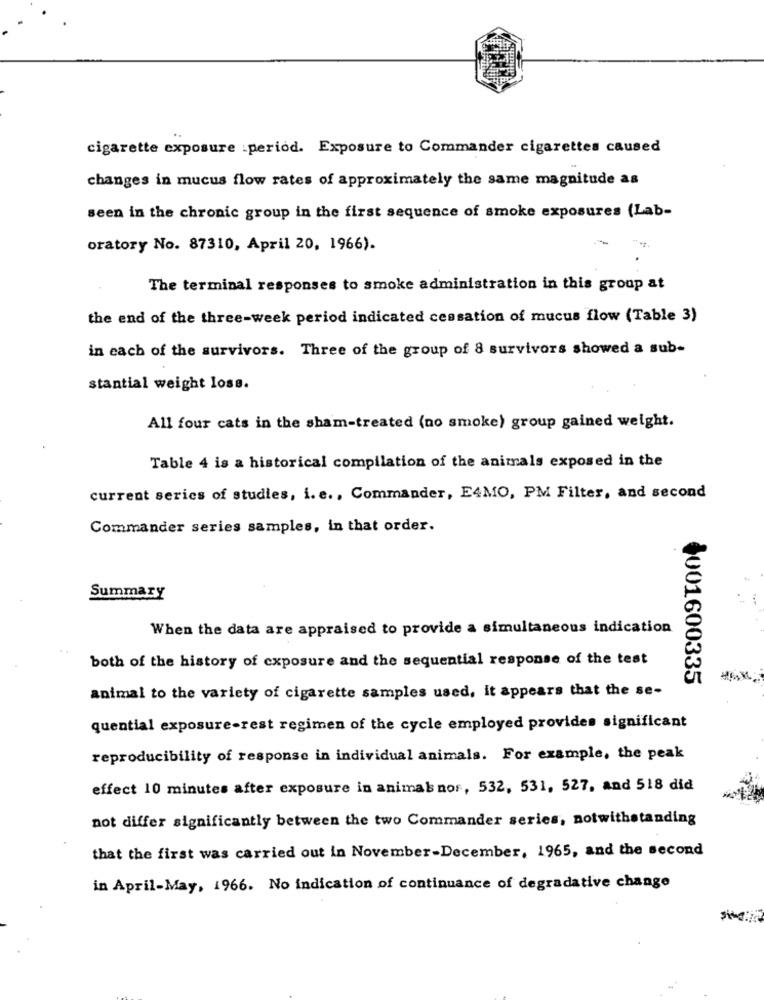
cigarette exposure _period. Exposure to Commander cigarettes caused
changes in mucus flow rates of approximately the same magnitude as
seen in the chronic group in the first sequence of smoke exposures (Lab-
oratory No. 87310, April 20, 1966).
The terminal responses to smoke administration in this group at
the end of the three-week period indicated cessation of mucus flow (Table 3)
in each of the survivors. Three of the group of 8 survivors showed a sub-
stantial weight loss.
All four cats in the sham-treated (no smoke) group gained weight.
Table 4 is a historical compilation of the animals exposed in the
current series of studies, i. e ., Commander, E4MO, PM Filter, and second
Commander series samples, in that order.
Summary
When the data are appraised to provide a simultaneous indication
both of the history of exposure and the sequential response of the test
4001600335
animal to the variety of cigarette samples used, it appears that the se-
quential exposure-rest regimen of the cycle employed provides significant
reproducibility of response in individual animals. For example, the peak
effect 10 minutes after exposure in animal nor, 532, 531, 527, and 518 did
not differ significantly between the two Commander series, notwithstanding
that the first was carried out in November-December, 1965, and the second
in April-May, 1966. No indication of continuance of degradative change